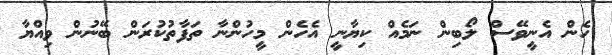
ހެން އެނީވޭސް ލޯބިން ނަމެއް ކިޔާނީ އެހެން މީހުންނާ ތަފާތުކުރަން ބޭނުން ވިއްޔާ